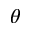
\theta